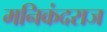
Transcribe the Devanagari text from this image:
मनिकंदराज